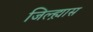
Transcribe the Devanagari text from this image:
जिल्ह्य़ास